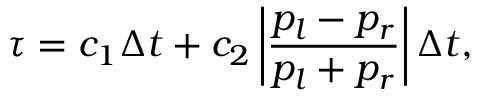
\tau = { { c } _ { 1 } } \Delta t + { { c } _ { 2 } } \left| \frac { { { p } _ { l } } - { { p } _ { r } } } { { { p } _ { l } } + { { p } _ { r } } } \right| \Delta t ,